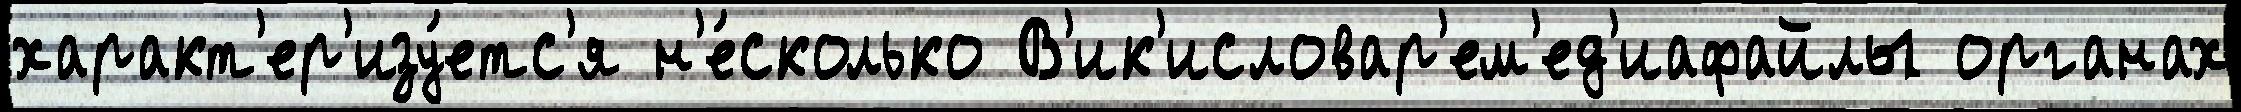
характ'ер'изу́етс'я н'е́сколько В'ик'исловар'ем'ед'иафайлы органах